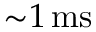
{ \sim } 1 \, \mathrm { m s }